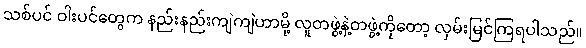
သစ်ပင် ဝါးပင်တွေက နည်းနည်းကျဲကျဲဟာမို့ လူတဖွဲ့နဲ့တဖွဲ့ကိုတော့ လှမ်းမြင်ကြရပါသည်။